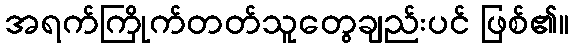
အရက်ကြိုက်တတ်သူတွေချည်းပင် ဖြစ်၏။